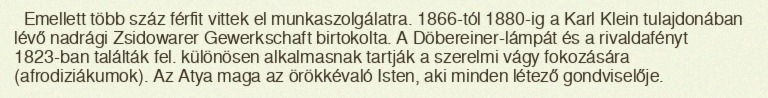
Emellett több száz férfit vittek el munkaszolgálatra. 1866-tól 1880-ig a Karl Klein tulajdonában lévő nadrági Zsidowarer Gewerkschaft birtokolta. A Döbereiner-lámpát és a rivaldafényt 1823-ban találták fel. különösen alkalmasnak tartják a szerelmi vágy fokozására (afrodiziákumok). Az Atya maga az örökkévaló Isten, aki minden létező gondviselője.